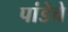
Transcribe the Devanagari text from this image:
पांडेचे